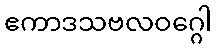
ဧကာဒသဗလဝဂ္ဂေါ